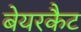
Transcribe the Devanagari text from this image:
बेयरकैट